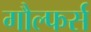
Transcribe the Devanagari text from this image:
गौल्फर्स